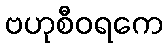
ဗဟုစီဝရကေ